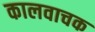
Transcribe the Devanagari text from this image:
कालवाचक